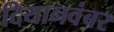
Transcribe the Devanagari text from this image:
दियानवंबर